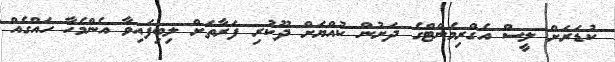
ކުޑަރަށް ލީސް އެގްރިމެންޓްގެ ދަށުން ކުއްޔަށް ދޫކުރި ފަރާތަށް ލިބިފައިވާ އެންމެހާ ހައްގެއް